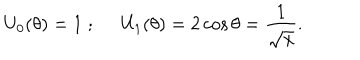
U _ { 0 } ( \theta ) = 1 \; ; \; \; U _ { 1 } ( \theta ) = 2 \cos \theta = \frac { 1 } { \sqrt x } .